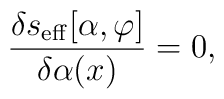
{\delta s_{\rm eff}[\alpha,\varphi]\over\delta\alpha (x)} =0,